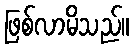
ဖြစ်လာမိသည်။